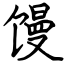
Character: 馒